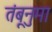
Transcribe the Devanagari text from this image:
तंबूनुमा